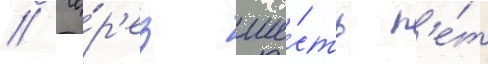
// Че́р'ез ше́сть л'е́т